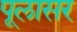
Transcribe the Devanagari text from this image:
पूलासर